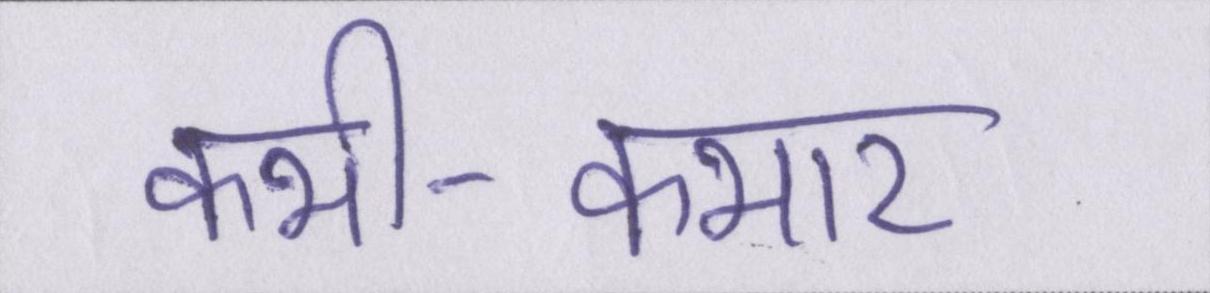
कभी-कभार